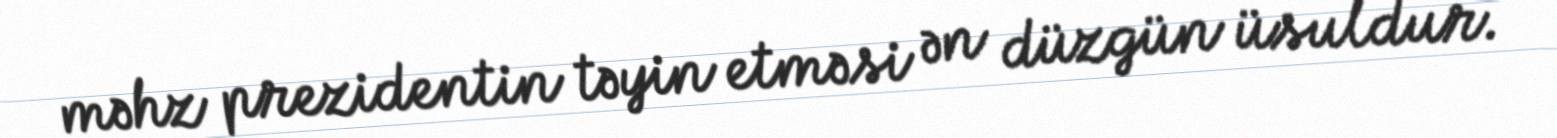
məhz prezidentin təyin etməsi ən düzgün üsuldur.